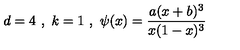
d = 4 \ , \ k = 1 \ , \ \psi ( x ) = \frac { a ( x + b ) ^ { 3 } } { x ( 1 - x ) ^ { 3 } } \,